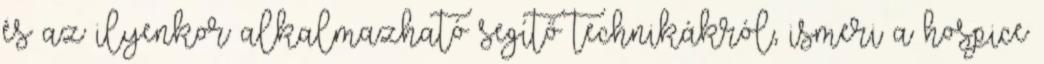
és az ilyenkor alkalmazható segítő technikákról, ismeri a hospice